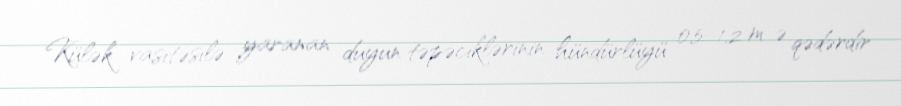
Külək vasitəsilə yaranan duyun təpəciklərinin hündürlüyü 0,5–1,2 m-ə qədərdir